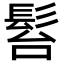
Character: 𩬠